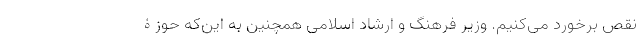
نقص برخورد می‌کنیم. وزیر فرهنگ و ارشاد اسلامی همچنین به این‌که حوزۀ